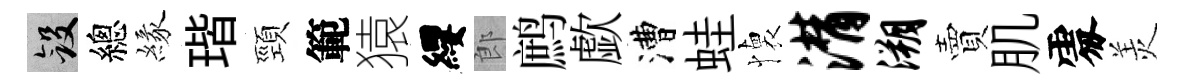
斂總緣瑎頸範猿纓郎鹧歔漕蛙懐潸溯賣肌𠁅羙